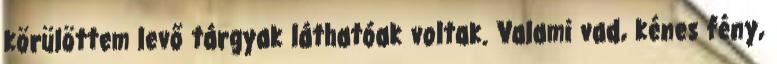
körülöttem levő tárgyak láthatóak voltak. Valami vad, kénes fény,